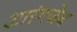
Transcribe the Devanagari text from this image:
आरंगजेब